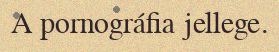
A pornográfia jellege.